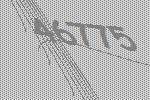
46775